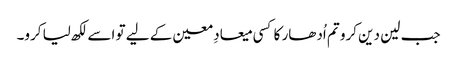
جب لین دین کرو تم اُدھار کا کسی میعادِ معین کے لیے تو اسے لکھ لیا کرو۔